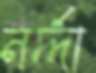
নর্দ্দা